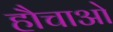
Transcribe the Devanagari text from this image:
हौचाओ